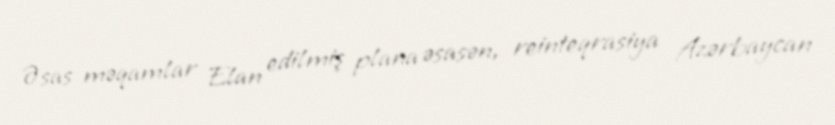
Əsas məqamlar Elan edilmiş plana əsasən, reinteqrasiya Azərbaycan